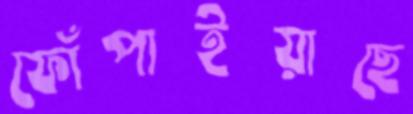
ফোঁপাইয়াছে